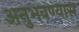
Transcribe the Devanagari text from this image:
अनुभवण्यास